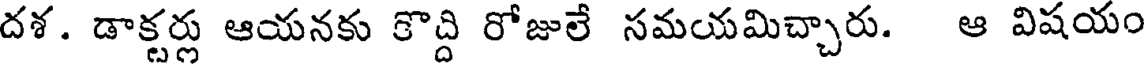
దశ. డాక్టర్లు ఆయనకు కొద్ది రోజులే సమయమిచ్చారు. ఆ విషయం